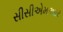
સીસીએમઆર